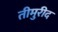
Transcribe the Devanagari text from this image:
तीमुरीद